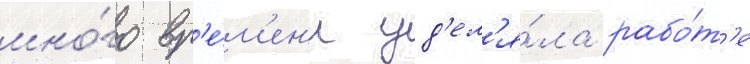
мно́го вр'е́м'ен'и уд'ел'я́ла рабо́т'е